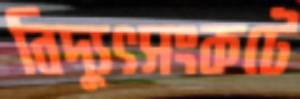
বিদ্যুৎসংকটে